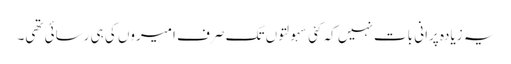
یہ زیادہ پرانی بات نہیں کہ کئی سہولتوں تک صرف امیروں کی ہی رسائی تھی۔